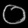
Digit: ၀